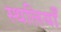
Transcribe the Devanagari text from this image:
स्थलियाँ